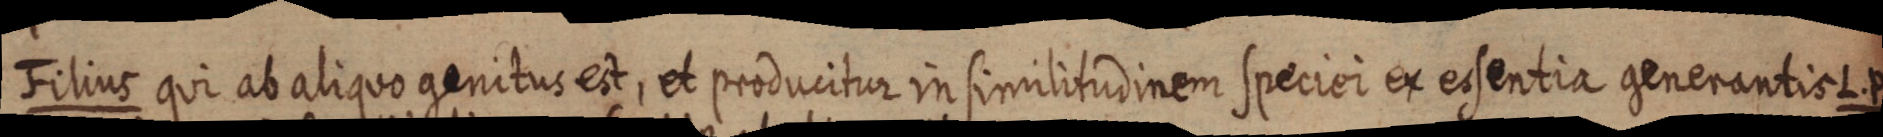
Filius qui ab aliquo genitus est, et producitur in similitudinem speciei ex essentia generantis L. P